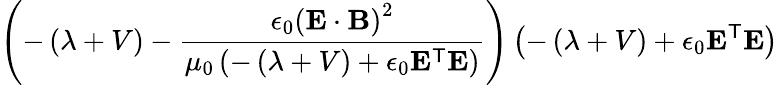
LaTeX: \left(-\left(\lambda+V\right)-{\frac{\epsilon_{0}\left(\mathbf{E}\cdot\mathbf{B}\right)^{2}}{\mu_{0}\left(-\left(\lambda+V\right)+\epsilon_{0}\mathbf{E}^{\textsf{T}}\mathbf{E}\right)}}\right)\left(-\left(\lambda+V\right)+\epsilon_{0}\mathbf{E}^{\textsf{T}}\mathbf{E}\right)